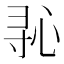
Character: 𫴭